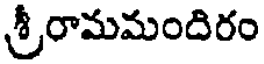
శ్రీరామమందిరం